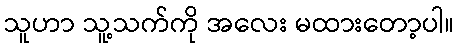
သူဟာ သူ့သက်ကို အလေး မထားတော့ပါ။